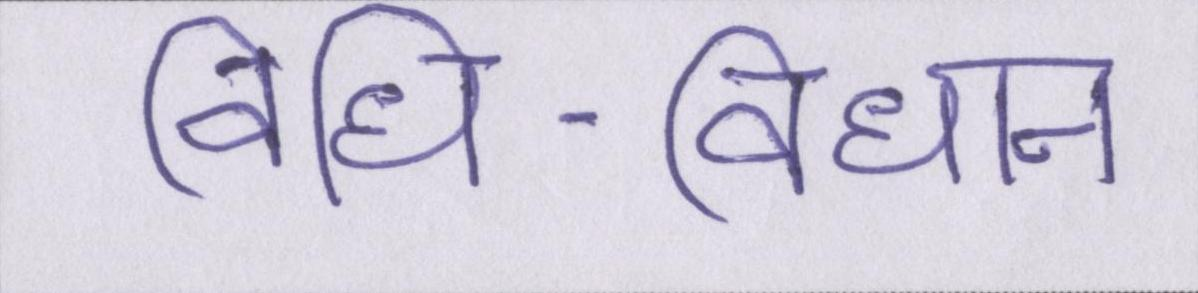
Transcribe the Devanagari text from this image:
विधि-विधान